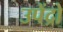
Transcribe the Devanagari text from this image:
उपेंद्रो